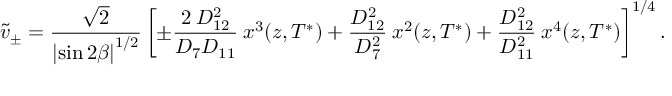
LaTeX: \tilde { v } _ { \pm } = \frac { \sqrt { 2 } } { \left| \sin 2 \beta \right| ^ { 1 / 2 } } \left[ \pm \frac { 2 \: D _ { 1 2 } ^ { 2 } } { D _ { 7 } D _ { 1 1 } } \: x ^ { 3 } ( z , T ^ { * } ) + \frac { D _ { 1 2 } ^ { 2 } } { D _ { 7 } ^ { 2 } } \: x ^ { 2 } ( z , T ^ { * } ) + \frac { D _ { 1 2 } ^ { 2 } } { D _ { 1 1 } ^ { 2 } } \: x ^ { 4 } ( z , T ^ { * } ) \right] ^ { 1 / 4 } .